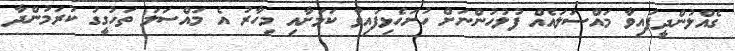
ގެއްލުންދީފައިވާ މައްސަލައެއް ފުލުހުންނަށް ހުށަހެޅިފައިވާ ކަމަށާއި މިހާރު އެ މައްސަލަ ތަހުގީގު ކުރަމުންދާ